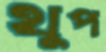
থুপ